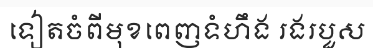
ទៀតចំពីមុខពេញទំហឹង រងរបួស